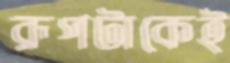
রূপটাকেই